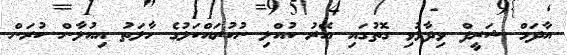
އާދަމް ޝަރީފް ވިދާޅުވި ގޮތުގައި އޭރު ކުއްލި ނުކުރައްކަލުގެ ހާލަތު އިއުލާން ކުރަން